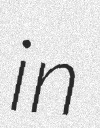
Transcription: in